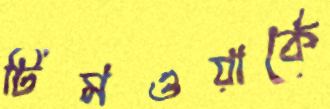
টিমওয়ার্কে